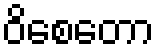
ဝိစေတော